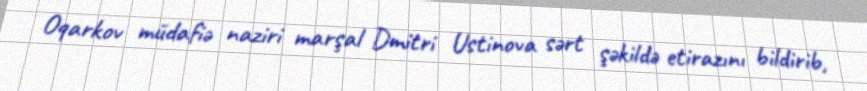
Oqarkov müdafiə naziri marşal Dmitri Ustinova sərt şəkildə etirazını bildirib,